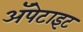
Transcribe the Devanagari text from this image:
अॅपेटाइट